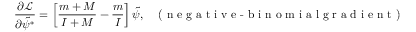
\frac { \partial \mathcal { L } } { \partial \tilde { \psi } ^ { * } } = \left[ \frac { m + M } { I + M } - \frac { m } { I } \right] \tilde { \psi } , \; \; \; \textrm { ( n e g a t i v e - b i n o m i a l g r a d i e n t ) }